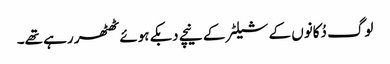
لوگ دُکانوں کے شیلٹر کے نیچے دبکے ہوئے ٹھٹھر رہے تھے۔